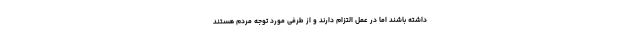
داشته باشند اما در عمل التزام دارند و از طرفی مورد توجه مردم هستند